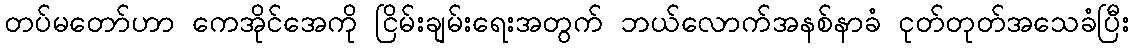
တပ်မတော်ဟာ ကေအိုင်အေကို ငြိမ်းချမ်းရေးအတွက် ဘယ်လောက်အနစ်နာခံ ငုတ်တုတ်အသေခံပြီး